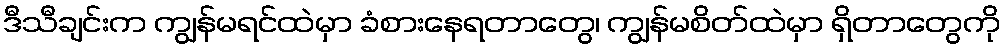
ဒီသီချင်းက ကျွန်မရင်ထဲမှာ ခံစားနေရတာတွေ၊ ကျွန်မစိတ်ထဲမှာ ရှိတာတွေကို